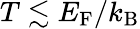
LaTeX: T\lesssim E_{\mathrm{F}}/k_{\mathrm{B}}